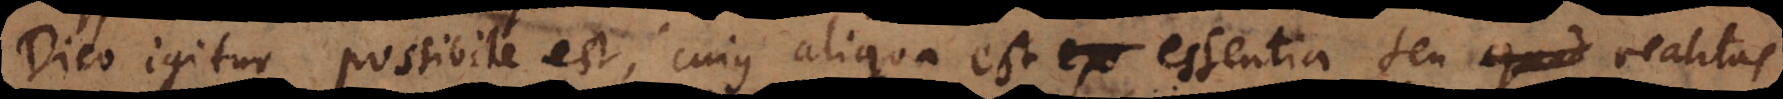
Dico igitur possibile est, cujus aliqua est ex essentia seu quod realitas